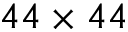
4 4 \times 4 4